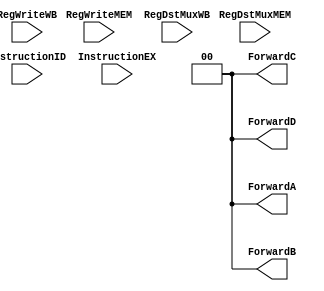
module ForwardingUnit (
    RegWriteMEM,
    RegWriteWB,
    RegDstMuxMEM,
    RegDstMuxWB,
    InstructionID,
    InstructionEX,
    ForwardA,
    ForwardB,
    ForwardC,
    ForwardD
);

  input RegWriteMEM, RegWriteWB;
  input [4:0] RegDstMuxMEM, RegDstMuxWB;
  input [31:0] InstructionID, InstructionEX;

  output reg [1:0] ForwardA, ForwardB, ForwardC, ForwardD;

  always @(*) begin
    ForwardA <= 2'b00;
    ForwardB <= 2'b00;
    ForwardC <= 2'b00;
    ForwardD <= 2'b00;

    /*//Fowarding for rs from WB Stage to EX Stage
    if ((RegWriteWB == 1'b1) && (RegDstMuxWB == InstructionEX[25:21])) begin
      ForwardA <= 2'b10;
    end
    //Fowarding for rs from MEM Stage to EX Stage
    if ((RegWriteMEM == 1'b1) && (RegDstMuxMEM == InstructionEX[25:21])) begin
      ForwardA <= 2'b01;
    end

    //Fowarding for rt from WB Stage to EX Stage
    if ((RegWriteWB == 1'b1) && (RegDstMuxWB == InstructionEX[20:16])) begin
      ForwardB <= 2'b10;
    end
    //Fowarding for rt from MEM Stage to EX Stage
    if ((RegWriteMEM == 1'b1) && (RegDstMuxMEM == InstructionEX[20:16])) begin
      ForwardB <= 2'b01;
    end

    //Fowarding for rs from WB Stage to DEC Stage
    if ((RegWriteWB == 1'b1) && (RegDstMuxWB == InstructionID[25:21])) begin
      ForwardC <= 2'b10;
    end
    //Fowarding for rs from MEM Stage to DEC Stage
    if ((RegWriteMEM == 1'b1) && (RegDstMuxMEM == InstructionID[25:21])) begin
      ForwardC <= 2'b01;
    end

    //Fowarding for rt from WB Stage to DEC Stage
    if ((RegWriteWB == 1'b1) && (RegDstMuxWB == InstructionID[20:16])) begin
      ForwardD <= 2'b10;
    end
    //Fowarding for rt from MEM Stage to DEC Stage
    if ((RegWriteMEM == 1'b1) && (RegDstMuxMEM == InstructionID[20:16])) begin
      ForwardD <= 2'b01;
    end*/

  end
endmodule